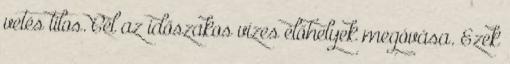
vetés tilos. Cél az időszakos vizes élőhelyek megóvása. Ezek